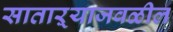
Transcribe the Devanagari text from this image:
साताऱ्याजवळील